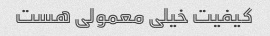
کیفیت خیلی معمولی هست